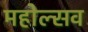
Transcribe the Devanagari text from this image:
महोल्सव